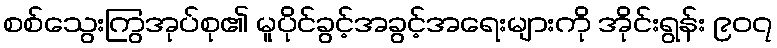
စစ်သွေးကြွအုပ်စု၏ မူပိုင်ခွင့်အခွင့်အရေးများကို အိုင်းရွန်း ၉၀၇